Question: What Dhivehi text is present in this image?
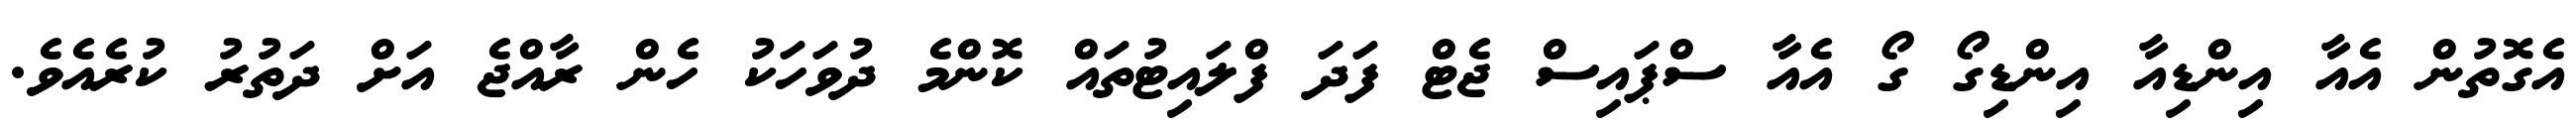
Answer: އެގޮތުން އެއާ އިންޑިއާ އިންޑިގޯ ގޯ އެއާ ސްޕައިސް ޖެޓް ފަދަ ފްލައިޓުތައް ކޮންމެ ދުވަހަކު ހެން ރާއްޖެ އަށް ދަތުރު ކުރެއެވެ.